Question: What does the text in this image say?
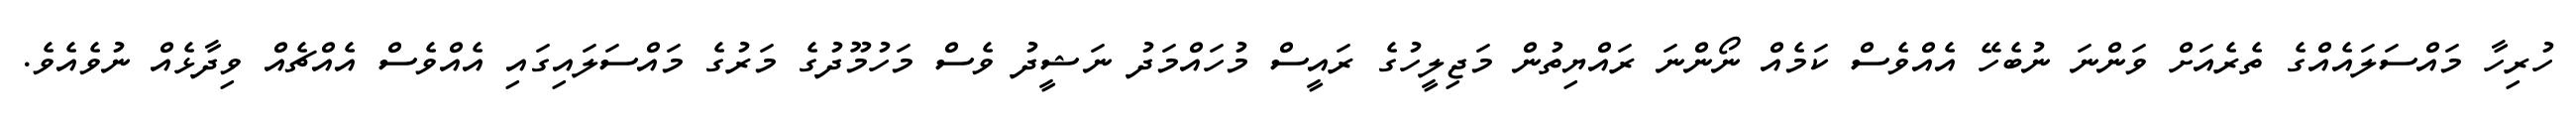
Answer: ހުރިހާ މައްސަލައެއްގެ ތެރެއަށް ވަންނަ ނުބެހޭ އެއްވެސް ކަމެއް ނޯންނަ ރައްޔިތުން މަޖިލީހުގެ ރައީސް މުހައްމަދު ނަޝީދު ވެސް މަހުމޫދުގެ މަރުގެ މައްސަލައިގައި އެއްވެސް އެއްޗެއް ވިދާޅެއް ނުވެއެވެ.